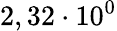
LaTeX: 2,32\cdot 10^{0}